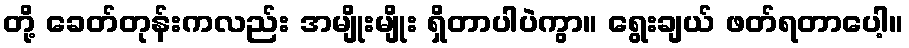
တို့ ခေတ်တုန်းကလည်း အမျိုးမျိုး ရှိတာပါပဲကွာ။ ရွေးချယ် ဖတ်ရတာပေါ့။